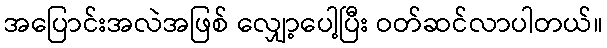
အပြောင်းအလဲအဖြစ် လျှော့ပေါ့ပြီး ဝတ်ဆင်လာပါတယ်။